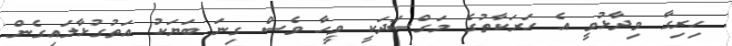
ހިރިގާ ވިދާޅުވީ އެ ހަރަކާތުގެ މަގްސަދަކީ ވީހާ ވެސް ގިނަ ބަޔަކު އަތުގުޅާލައިގެން